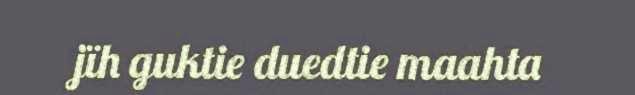
jïh guktie duedtie maahta